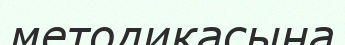
методикасына